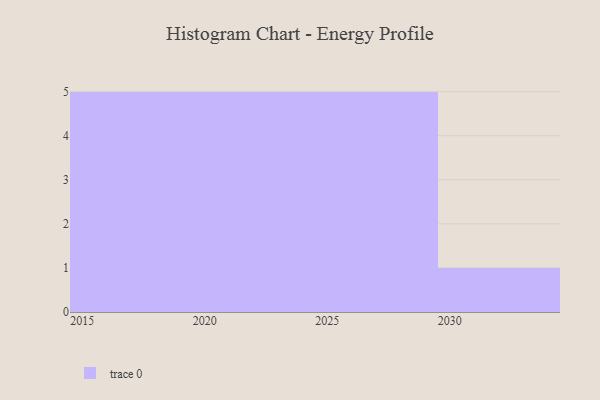
{"axis": {"x": "Year", "y": "Revenue (USD Million)"}, "legend": [""], "data": [{"x": "2024", "y": 33, "type": ""}, {"x": "2023", "y": 64, "type": ""}, {"x": "2028", "y": 80, "type": ""}, {"x": "2030", "y": 94, "type": ""}, {"x": "2020", "y": 9, "type": ""}, {"x": "2016", "y": 91, "type": ""}, {"x": "2021", "y": 22, "type": ""}, {"x": "2027", "y": 93, "type": ""}, {"x": "2025", "y": 43, "type": ""}, {"x": "2022", "y": 84, "type": ""}, {"x": "2029", "y": 38, "type": ""}, {"x": "2019", "y": 67, "type": ""}, {"x": "2015", "y": 42, "type": ""}, {"x": "2018", "y": 22, "type": ""}, {"x": "2017", "y": 37, "type": ""}, {"x": "2026", "y": 92, "type": ""}]}